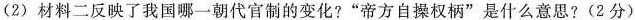
(2)材料二反映了我国哪一朝代官制的变化?”帝方自操权柄”是什么意思?(2分)